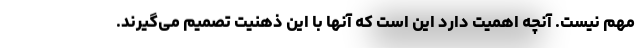
مهم نیست. آنچه اهمیت دارد این است که آنها با این ذهنیت تصمیم می‌گیرند.